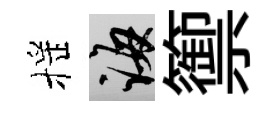
摇誨籞